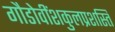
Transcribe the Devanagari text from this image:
गौडोवींशकुलप्रशस्ति